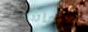
متماسكة